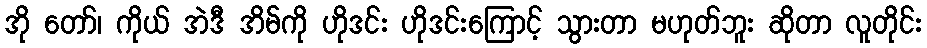
အို တော်၊ ကိုယ် အဲဒီ အိမ်ကို ဟိုဒင်း ဟိုဒင်းကြောင့် သွားတာ မဟုတ်ဘူး ဆိုတာ လူတိုင်း